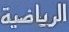
الرياضية